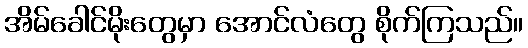
အိမ်ခေါင်မိုးတွေမှာ အောင်လံတွေ စိုက်ကြသည်။